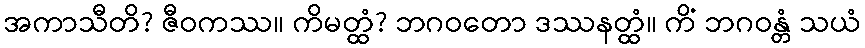
အကာသီတိ? ဇီဝကဿ။ ကိမတ္ထံ? ဘဂဝတော ဒဿနတ္ထံ။ ကိံ ဘဂဝန္တံ သယံ